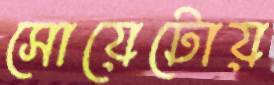
সোয়েটোয়